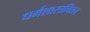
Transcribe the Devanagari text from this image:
धर्मशास्त्रचिंतन